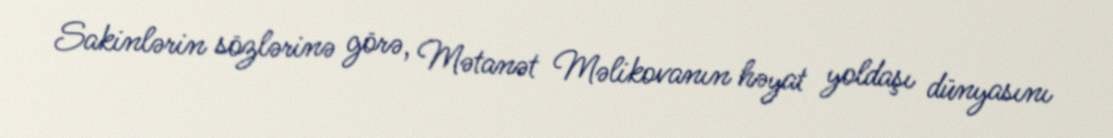
Sakinlərin sözlərinə görə, Mətanət Məlikovanın həyat yoldaşı dünyasını